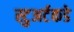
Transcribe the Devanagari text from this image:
स्टुअर्टकडे